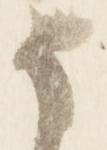
な